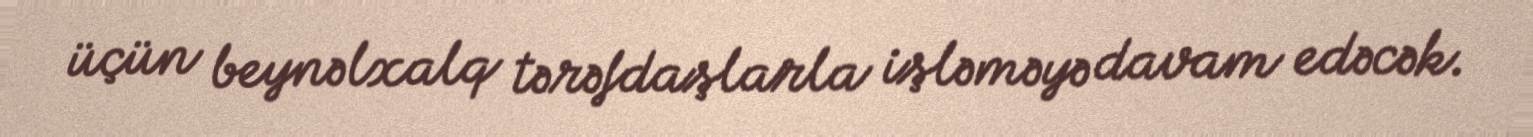
üçün beynəlxalq tərəfdaşlarla işləməyə davam edəcək.